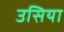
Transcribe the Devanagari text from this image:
उसिया